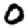
Digit: 0